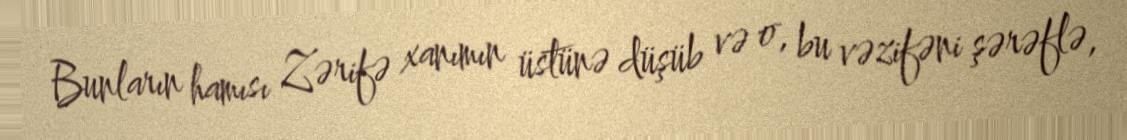
Bunların hamısı Zərifə xanımın üstünə düşüb və o, bu vəzifəni şərəflə,